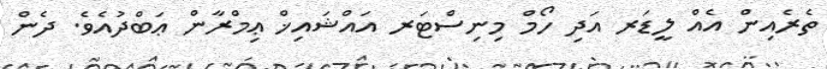
ތެރެއިން އެއް ލީޑަރ އަދި ހޯމް މިނިސްޓަރ އައްޝައިޚް ޢިމްރާން ޢަބްދުއެވެ. ދެން